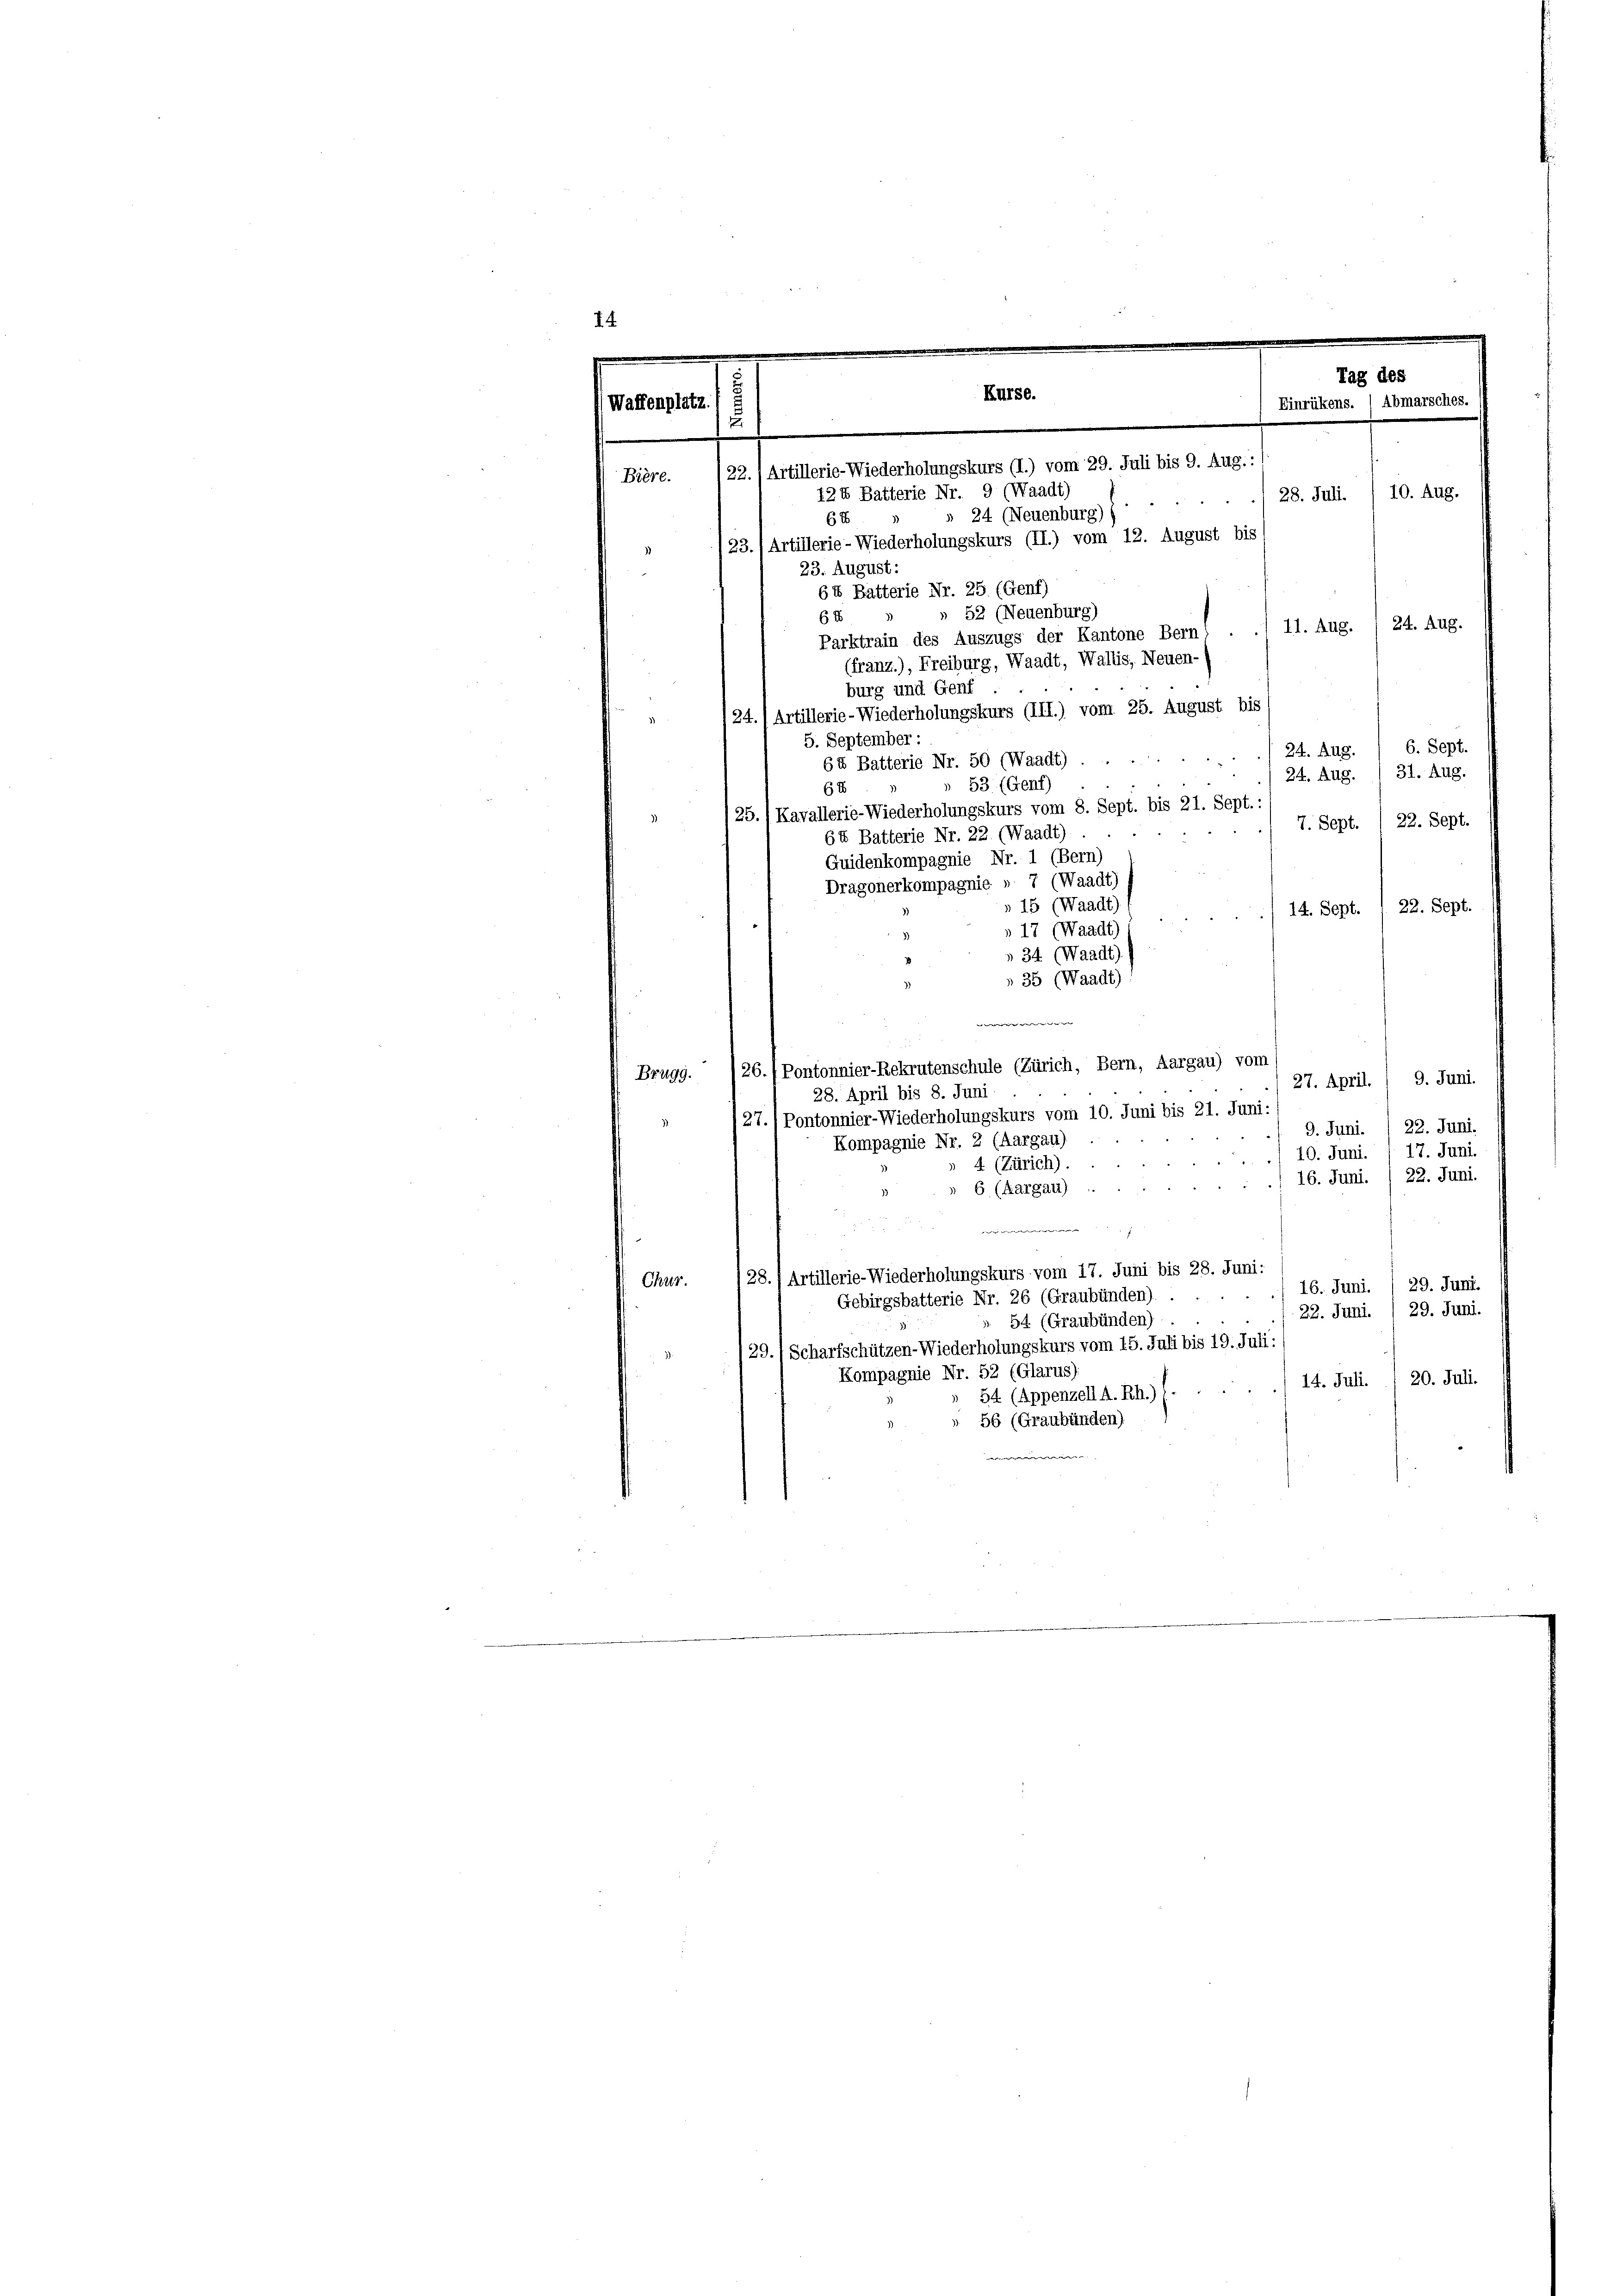
14
e
Tag des
 Waffenplatz
Einrükens. ( Abmarsches.
u
22.) Artillerie-Wiederholungskurs (I.) vom 29. Juli bis 9. Aug.:
Bière.
12X Batterie Nr. 9 (Waadt)
28. Juli. ) 10. Aug.
 24 (Neuenburg)
6t
23.) Artillerie-Wiederholungskurs (II.) vom 12. August bis
23. August:
64 Batterie Nr. 25. (Genf)
52 (Neuenburg)
61
/ 11. Aug. / 24. Aug.
Parktrain des Auszugs der Kantone Bern)
(franz.), Freiburg, Waadt, Wallis, Neuen-
burg und Genf
24. 1 Artillerie-Wiederholungskurs (III.) vom 25. August bis
3)
5. September :
6. Sept.
/ 24. Aug.
64 Batterie Nr. 50 (Waadt).
24. Aug. / 31. Aug.
53 (Genf)
68
(25.) Kavallerie-Wiederholungskurs vom 8. Sept. bis 21. Sept. :
7. Sept. 1 22. Sept.

64 Batterie Nr. 22. (Waadt)
Quidenkompagnie Nr. 1 (Bern)
Dragonerkompagnie » 7 (Waadt)
» 15 (Waadt)
22. Sept.
14. Sept.
» 17 (Waadt
 34 (Waadt)
 35 (Waadt).
e
Brugg. /26./ Pontonnier-Rekrutenschule (Zürich, Bern, Aargau) vom
27. April. / 9. Juni.
28. April bis 8. Juni
27.) Pontonnier-Wiederholungskurs vom 10. Juni bis 21. Juni:
9. Juni. / 22. Juni.
Kompagnie Nr. 2 (Aargau)
17. Juni.
10. Juni.
4 (Zürich).
16. Juni. 1 22. Juni.
6 (Aargau).
iiiiiii
28.) Artillerie-Wiederholungskurs vom 17. Juni bis 28. Juni:
Chur.
16. Juni. / 29. Juni.
Gebirgsbatterie Nr. 26 (Graubünden).
29. Juni.
22. Juni.
54 (Graubünden)
29./ Scharfschützen-Wiederholungskurs vom 15. Juli bis 19. Juli:
Kompagnie Nr. 52 (Glarus)
20. Juli.
14. Juli.
54 (Appenzell A. Rh.) s
 56 (Graubünden)
r

Kürse.